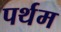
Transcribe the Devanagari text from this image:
पर्थम